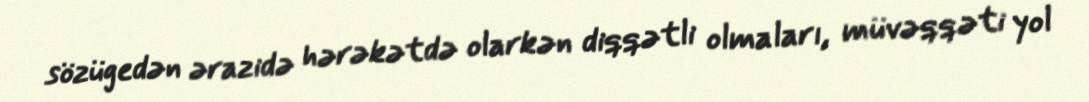
sözügedən ərazidə hərəkətdə olarkən diqqətli olmaları, müvəqqəti yol